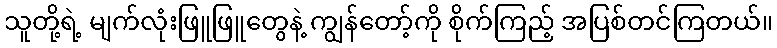
သူတို့ရဲ့ မျက်လုံးဖြူဖြူတွေနဲ့ ကျွန်တော့်ကို စိုက်ကြည့် အပြစ်တင်ကြတယ်။